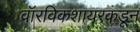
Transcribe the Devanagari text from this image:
वॉरविकशायरकडून